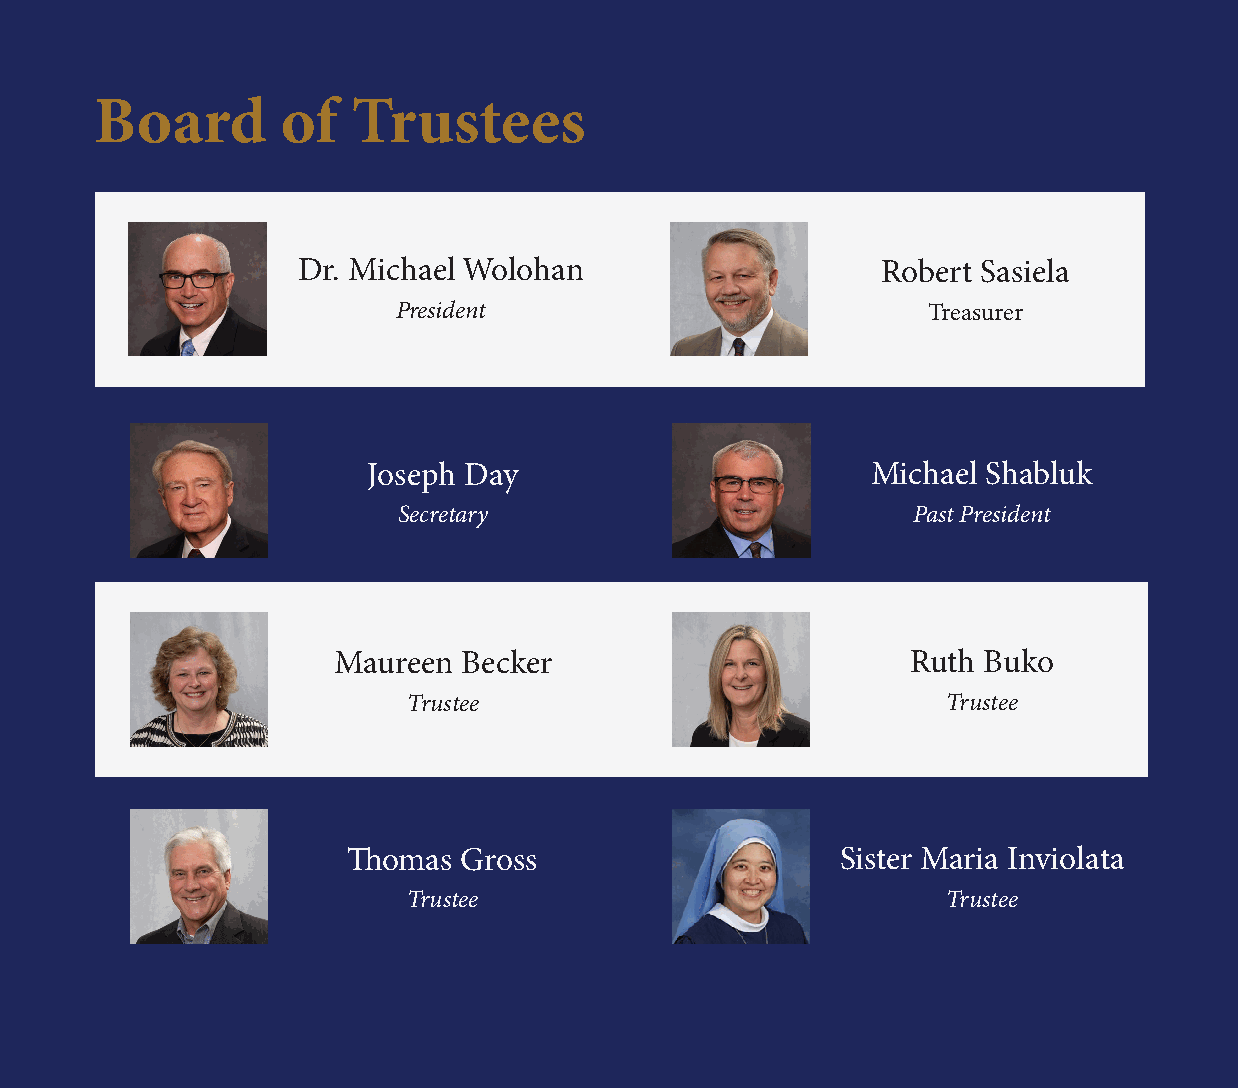
Board        of  Trustees
 Dr. Michael Wolohan                   Robert Sasiela
 President                          Treasurer
 Joseph Day                        Michael Shabluk
 Secretary                         Past President
 Maureen  Becker                       Ruth Buko
 Trustee                             Trustee
 Thomas Gross                     Sister Maria Inviolata
 Trustee                             Trustee